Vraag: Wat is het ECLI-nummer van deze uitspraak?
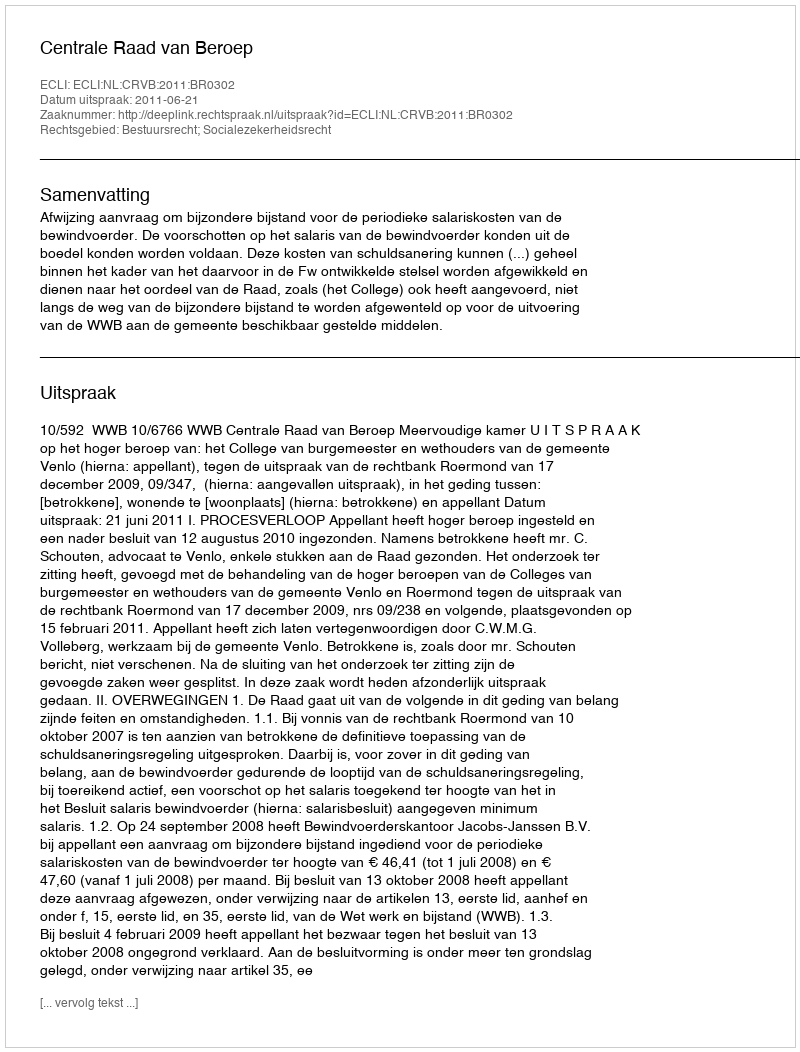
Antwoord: ECLI:NL:CRVB:2011:BR0302